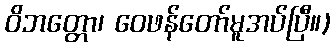
ဝိဘတ္တော၊ ဝေဖန်တော်မူအပ်ပြီ။)